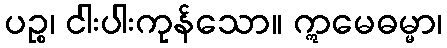
ပဉ္စ၊ ငါးပါးကုန်သော။ ဣမေဓမ္မာ၊